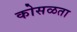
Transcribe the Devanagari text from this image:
कोसळता